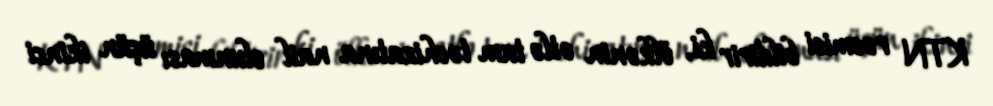
KTN rəsmisi bildirir ki, ölkənin ətlə tam təchizatına nail olunması üçün ikinci